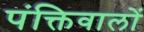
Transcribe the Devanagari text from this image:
पंक्तिवालों